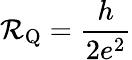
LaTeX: \mathcal{R}_{\mathrm{{Q}}}=\frac{{h}}{{2e^{2}}}